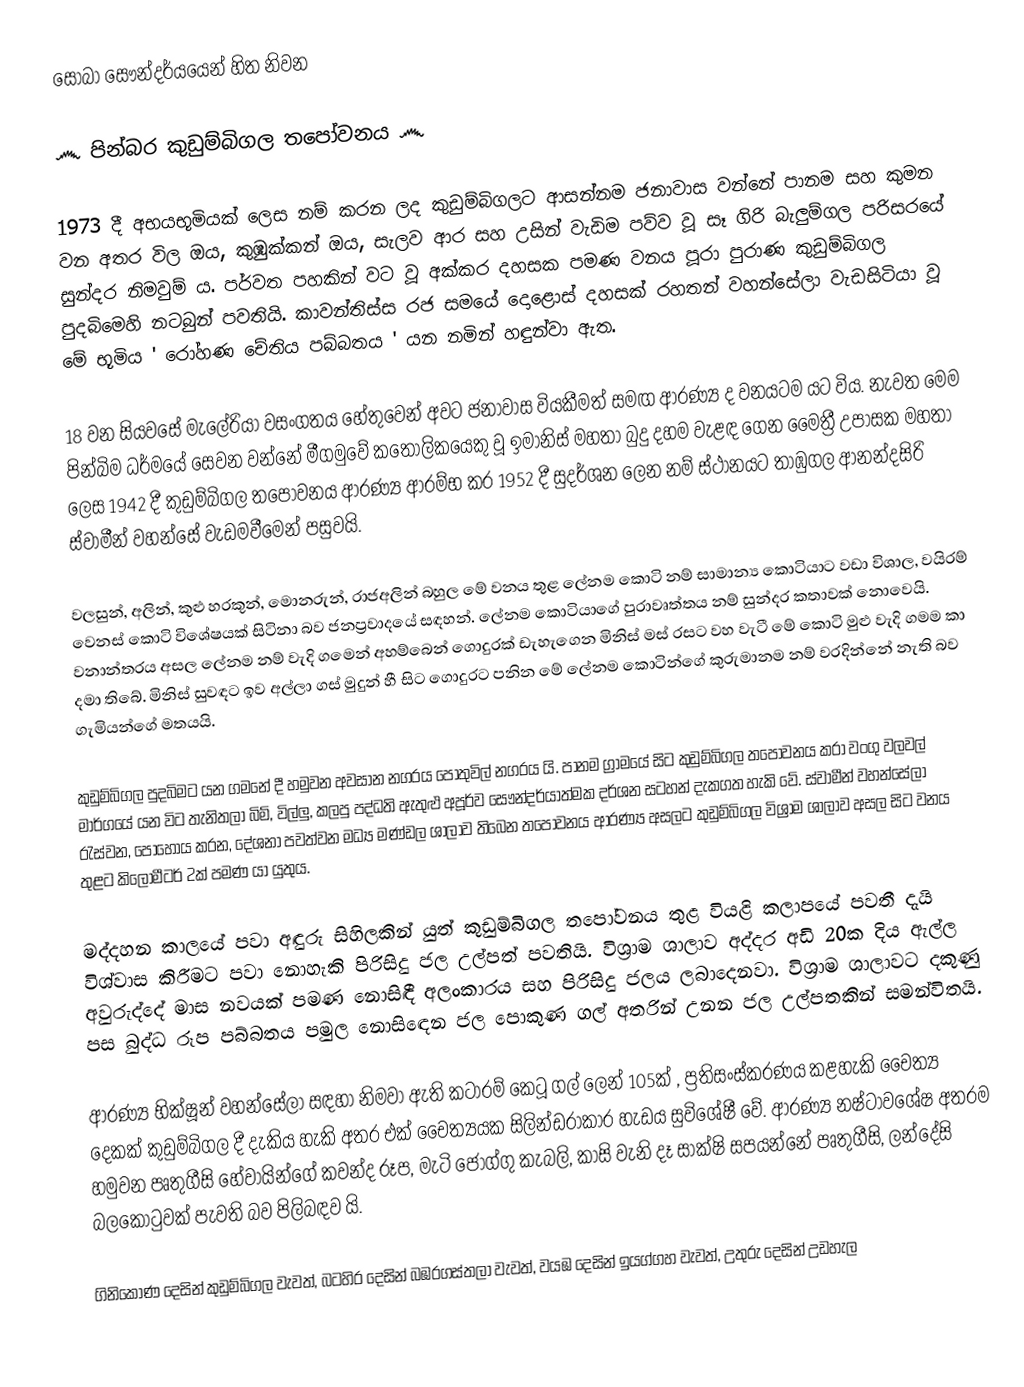
සොබා සෞන්දර්යයෙන් හිත නිවන

      ෴ පින්බර කුඩුම්බිගල තපෝවනය ෴

   1973 දී අභයභූමියක් ලෙස නම් කරන ලද කුඩුම්බිගලට ආසන්නම ජනාවාස වන්නේ පානම සහ කුමන වන අතර විල ඔය, කුඹුක්කන් ඔය, සැලව ආර සහ උසින් වැඩිම පව්ව වූ සෑ ගිරි බැලුම්ගල පරිසරයේ සුන්දර නිමවුම් ය. පර්වත පහකින් වට වූ අක්කර දහසක පමණ වනය පූරා පුරාණ කුඩුම්බිගල පුදබිමෙහි නටබුන් පවතියි. කාවන්තිස්ස රජ සමයේ දොළොස් දහසක් රහතන් වහන්සේලා වැඩසිටියා වූ මේ භූමිය ' රෝහණ චේතිය පබ්බතය ' යන නමින් හඳුන්වා ඇත.

   18 වන සියවසේ මැලේරියා වසංගතය හේතුවෙන් අවට ජනාවාස වියකීමත් සමඟ ආරණ්‍ය ද වනයටම යට විය. නැවත මෙම පින්බිම ධර්මයේ සෙවන වන්නේ මීගමුවේ කතෝලිකයෙකු වූ ඉමානිස් මහතා බුදු දහම වැළඳ ගෙන මෛත්‍රී උපාසක මහතා ලෙස 1942 දී කුඩුම්බිගල තපෝවනය ආරණ්‍ය ආරම්භ කර 1952 දී සුදර්ශන ලෙන නම් ස්ථානයට තාඹුගල ආනන්දසිරි ස්වාමීන් වහන්සේ වැඩමවීමෙන් පසුවයි.

   වලසුන්, අලින්, කුළු හරකුන්, මොනරුන්, රාජඅලින් බහුල මේ වනය තුළ ලේනම කොටි නම් සාමාන්‍ය කොටියාට වඩා විශාල, වයිරම් වෙනස් කොටි විශේෂයක් සිටිනා බව ජනප්‍රවාදයේ සඳහන්. ලේනම කොටියාගේ පුරාවෘත්තය නම් සුන්දර කතාවක් නොවෙයි. වනාන්තරය අසල ලේනම නම් වැදි ගමෙන් අහම්බෙන් ගොදුරක් ඩැහැගෙන මිනිස් මස් රසට වහ වැටී මේ කොටි මුළු වැදි ගමම කා දමා තිබේ. මිනිස් සුවඳට ඉව අල්ලා ගස් මුදුන් හී සිට ගොදුරට පනින මේ ලේනම කොටින්ගේ කුරුමානම නම් වරදින්නේ නැති බව ගැමියන්ගේ මතයයි.

   කුඩුම්බිගල පුදබිමට යන ගමනේ දී හමුවන අවසාන නගරය පොතුවිල් නගරය යි. පානම ග්‍රාමයේ සිට කුඩුම්බිගල තපෝවනය කරා වංගු වලවල් මාර්ගයේ යන විට තැනිතලා බිම්, විල්ලු, කලපු පද්ධති ඇතුළු අපූර්ව සෞන්දර්යාත්මක දර්ශන සටහන් දැකගත හැකි වේ. ස්වාමීන් වහන්සේලා රැස්වන, පොහොය කරන, දේශනා පවත්වන මධ්‍ය මණ්ඩල ශාලාව තිබෙන තපෝවනය ආරණ්‍ය අසලට කුඩුම්බිගල විශ්‍රාම ශාලාව අසල සිට වනය තුළට කිලෝමීටර් 2ක් පමණ යා යුතුය.

   මද්දහන කාලයේ පවා අඳුරු සිහිලකින් යුත් කුඩුම්බිගල තපෝවනය තුළ වියළි කලාපයේ පවතී දැයි විශ්වාස කිරීමට පවා නොහැකි පිරිසිදු ජල උල්පත් පවතියි. විශ්‍රාම ශාලාව අද්දර අඩි 20ක දිය ඇල්ල අවුරුද්දේ මාස නවයක් පමණ නොසිඳී අලංකාරය සහ පිරිසිදු ජලය ලබාදෙනවා. විශ්‍රාම ශාලාවට දකුණු පස බුද්ධ රූප පබ්බතය පමුල නොසිඳෙන ජල පොකුණ ගල් අතරින් උනන ජල උල්පතකින් සමන්විතයි.

   ආරණ්‍ය භික්ෂූන් වහන්සේලා සඳහා නිමවා ඇති කටාරම් කෙටූ ගල් ලෙන් 105ක් , ප්‍රතිසංස්කරණය කළහැකි චෛත්‍ය දෙකක් කුඩුම්බිගල දී දැකිය හැකි අතර එක් චෛත්‍යයක සිලින්ඩරාකාර හැඩය සුවිශේෂී වේ. ආරණ්‍ය නෂ්ටාවශේෂ අතරම හමුවන පෘතුගීසි හේවායින්ගේ කවන්ද රූප, මැටි ජෝග්ගු කැබලි, කාසි වැනි දෑ සාක්ෂි සපයන්නේ පෘතුගීසි, ලන්දේසි බලකොටුවක් පැවති බව පිලිබඳව යි.

   ගිනිකොණ දෙසින් කුඩුම්බිගල වැවත්, බටහිර දෙසින් බඹරගස්තලා වැවත්, වයඹ දෙසින් ඉයග්ගහ වැවත්, උතුරු දෙසින් උඩහැල